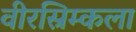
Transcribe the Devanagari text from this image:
वीरस्रिम्कला